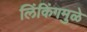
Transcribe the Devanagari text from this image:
लिंकिंगमुळे